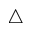
\triangle